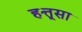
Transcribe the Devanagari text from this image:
हत्तूसा